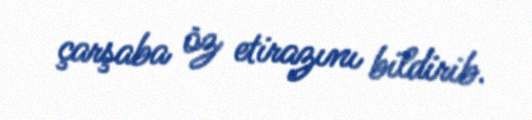
çarşaba öz etirazını bildirib.